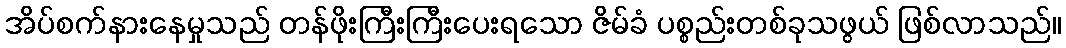
အိပ်စက်နားနေမှုသည် တန်ဖိုးကြီးကြီးပေးရသော ဇိမ်ခံ ပစ္စည်းတစ်ခုသဖွယ် ဖြစ်လာသည်။